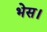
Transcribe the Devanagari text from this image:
भेस।